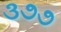
૩૭૭